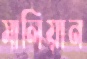
মালিয়ান